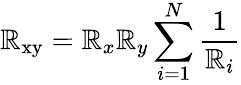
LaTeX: \mathbb{R}_{\mathrm{{xy}}}=\mathbb{R}_{x}\mathbb{R}_{y}\sum_{i=1}^{N}{\frac{{1}}{{\mathbb{R}_{i}}}}